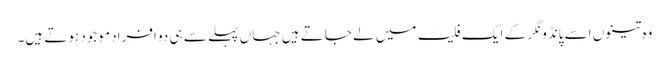
وہ تینوں اسے پانڈو نگر کے ایک فلیٹ میں لے جاتے ہیں جہا ں پہلے سے ہی دو افراد موجود ہوتے ہیں۔